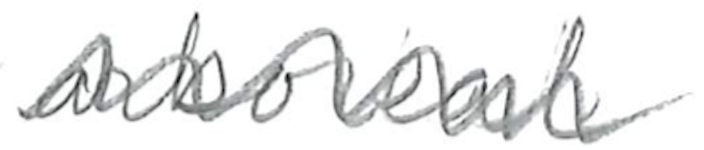
Text: arboreal
Cross-out: zig-zag
Writing tool: pencil